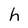
Character: h